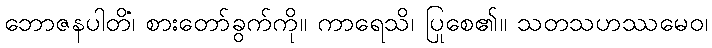
ဘောဇနပါတိံ၊ စားတော်ခွက်ကို။ ကာရေသိ၊ ပြုစေ၏။ သတသဟဿမေဝ၊